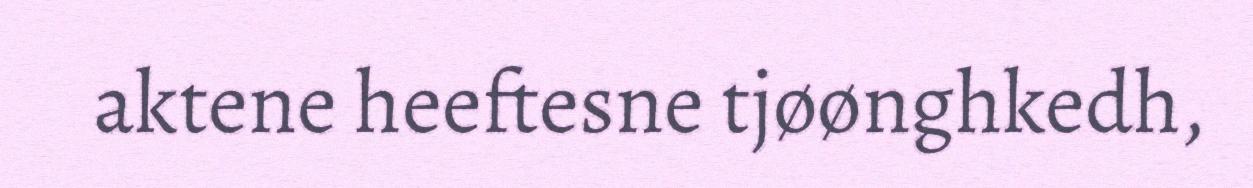
aktene heeftesne tjøønghkedh,